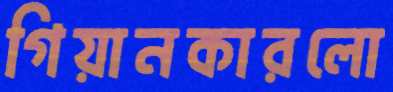
গিয়ানকারলো